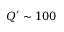
Q ^ { \prime } \sim 1 0 0